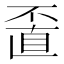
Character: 𠁆